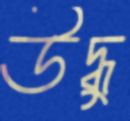
উদ্ধু